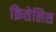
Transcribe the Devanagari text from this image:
क्रिसेलिस